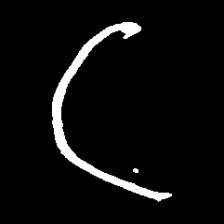
Pyu character \u2014 Myanmar letter: ဋ (romanized: tta)